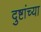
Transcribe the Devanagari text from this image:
दुष्टांच्या